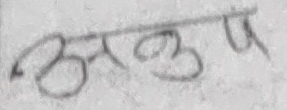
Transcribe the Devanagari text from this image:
उत्तम